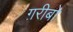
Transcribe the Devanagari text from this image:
ग़रीबो